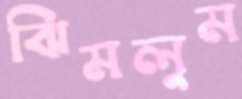
ঝিমলুম